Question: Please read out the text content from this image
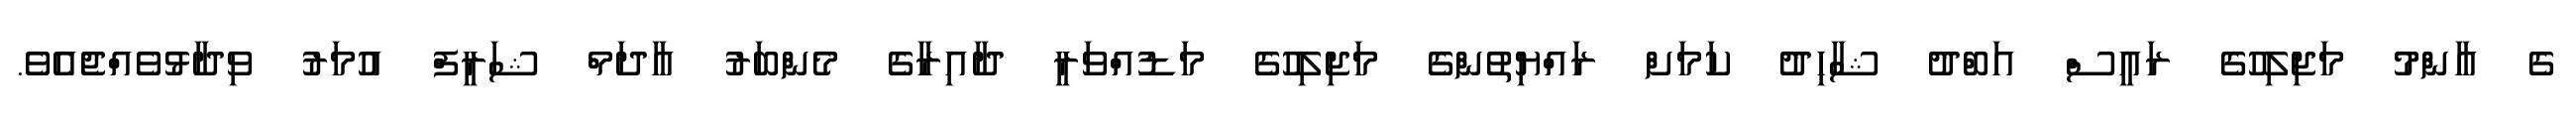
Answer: ގެ އާންމު މަޖިލިހުގެ ރައީސް އަބްދު ޝާހިދު ކަމަށް ރައްޔިތުންގެ މަޖިލިހުގެ މަޑުއްވަރީ ދާއިރާގެ މެންބަރު އާދަމް ޝަރީފް އުމަރު ވިދާޅުވެއްޖެއެވެ.